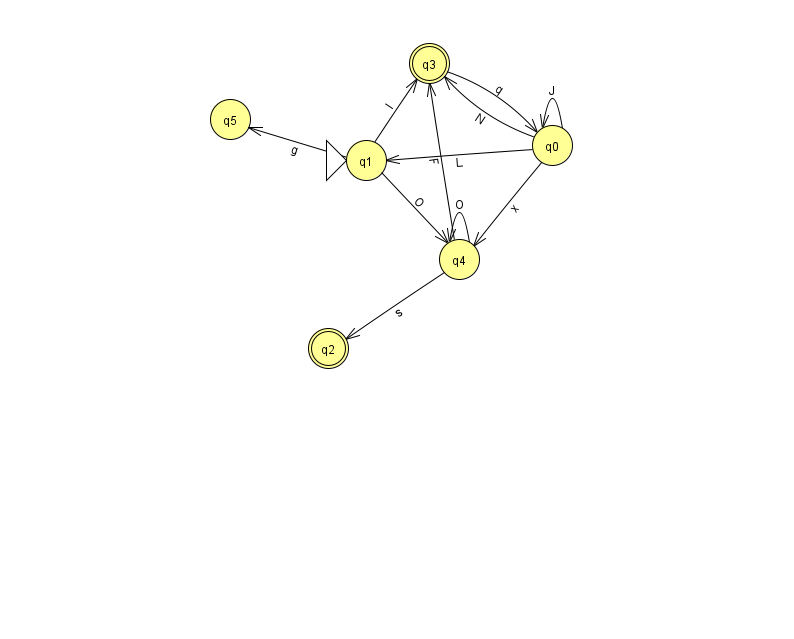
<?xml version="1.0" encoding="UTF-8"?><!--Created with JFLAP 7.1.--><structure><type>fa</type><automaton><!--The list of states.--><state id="0" name="q0"><x>552.0</x><y>132.0</y></state><state id="1" name="q1"><x>366.0</x><y>147.0</y><initial/></state><state id="2" name="q2"><x>328.0</x><y>335.0</y><final/></state><state id="3" name="q3"><x>429.0</x><y>50.0</y><final/></state><state id="4" name="q4"><x>459.0</x><y>246.0</y></state><state id="5" name="q5"><x>230.0</x><y>106.0</y></state><!--The list of transitions.--><transition><from>3</from><to>0</to><read>q</read></transition><transition><from>0</from><to>4</to><read>x</read></transition><transition><from>4</from><to>2</to><read>s</read></transition><transition><from>1</from><to>4</to><read>O</read></transition><transition><from>1</from><to>5</to><read>g</read></transition><transition><from>0</from><to>0</to><read>J</read></transition><transition><from>4</from><to>3</to><read>F</read></transition><transition><from>0</from><to>1</to><read>L</read></transition><transition><from>0</from><to>3</to><read>N</read></transition><transition><from>1</from><to>3</to><read>l</read></transition><transition><from>4</from><to>4</to><read>O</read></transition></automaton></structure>